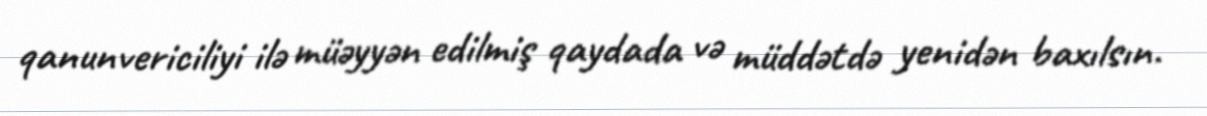
qanunvericiliyi ilə müəyyən edilmiş qaydada və müddətdə yenidən baxılsın.